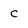
Character: C